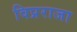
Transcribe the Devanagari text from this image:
विप्रराजा